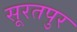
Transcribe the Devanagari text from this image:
सूरतपुर